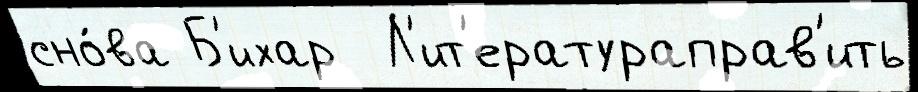
сно́ва Б'ихар  Л'ит'ератураправ'ить